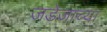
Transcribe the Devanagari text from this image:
जडेजाच्या